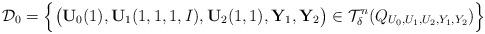
LaTeX: \begin{align*}\mathcal{D}_0=\Big\{\big(\mathbf{U}_0(1),\mathbf{U}_1(1,1,1,I),\mathbf{U}_2(1,1),\mathbf{Y}_1,\mathbf{Y}_2\big)\in\mathcal{T}_\delta^{n}(Q_{U_0,U_1,U_2,Y_1,Y_2})\Big\}\end{align*}